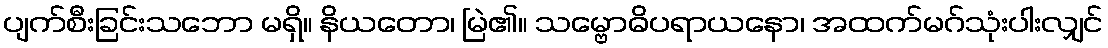
ပျက်စီးခြင်းသဘော မရှိ။ နိယတော၊ မြဲ၏။ သမ္ဗောဓိပရာယနော၊ အထက်မဂ်သုံးပါးလျှင်